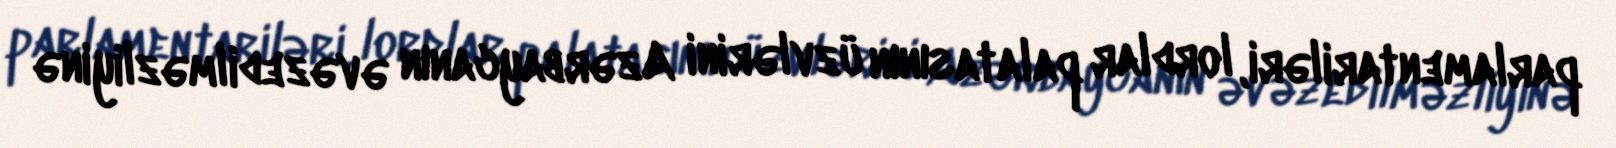
parlamentariləri, lordlar palatasının üzvlərini Azərbaycanın əvəzedilməzliyinə